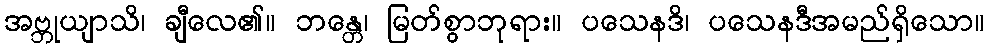
အဗ္ဘုယျာသိ၊ ချီလေ၏။ ဘန္တေ၊ မြတ်စွာဘုရား။ ပသေနဒိ၊ ပသေနဒီအမည်ရှိသော။